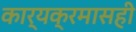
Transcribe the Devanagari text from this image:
कार्यक्रमासही